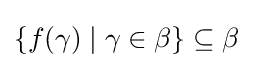
\left\{f(\gamma )\mid \gamma \in \beta \right\}\subseteq \beta